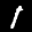
Label: 1